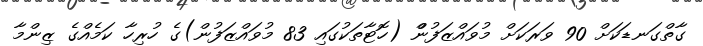
ގާތްގަނޑަކަށް 90 ވަރަކަށް މުވައްޒަފުންް (ހޮޓާތަކުގައި 83 މުވައްޒަފުން)ގެ ހުރިހާ ކަމެއްގެ ޒިންމާ